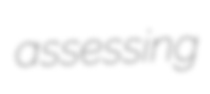
assessing